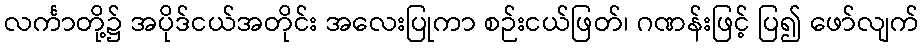
လင်္ကာတို့၌ အပိုဒ်ငယ်အတိုင်း အလေးပြုကာ စဉ်းငယ်ဖြတ်၊ ဂဏန်းဖြင့် ပြ၍ ဖော်လျက်